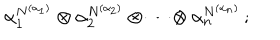
LaTeX: \alpha _ { 1 } ^ { N ^ { ( \alpha _ { 1 } ) } } \otimes \alpha _ { 2 } ^ { N ^ { ( \alpha _ { 2 } ) } } \otimes \cdots \otimes \alpha _ { n } ^ { N ^ { ( \alpha _ { n } ) } } \, ;